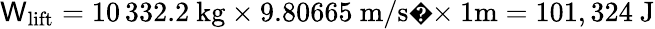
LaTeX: \mathsf{W}_{\mathrm{{{lift}}}}=10\, 332.2~{\mathrm{{kg}}}\times9.80665~{\mathrm{{m/s�}}}\times1{\mathrm{{m}}}=101,324{\mathrm{{~J}}}